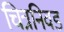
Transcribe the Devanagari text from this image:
चित्रनिवड